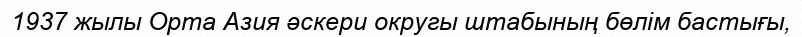
1937 жылы Орта Азия әскери округы штабының бөлім бастығы,